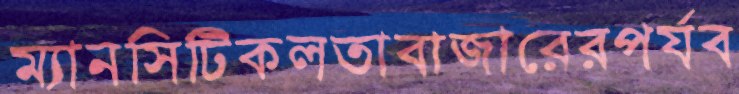
ম্যানসিটিকলতাবাজারেরপর্যব